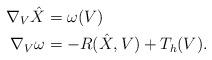
LaTeX: \begin{align*}\nabla_{V} \hat X &= \omega (V)\\\nabla_V \omega&= -R(\hat X, V) + T_h (V).\end{align*}